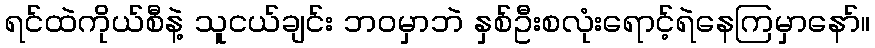
ရင်ထဲကိုယ်စီနဲ့ သူငယ်ချင်း ဘဝမှာဘဲ နှစ်ဦးစလုံးရောင့်ရဲနေကြမှာနော်။